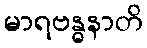
မာရဗန္ဓနာတိ